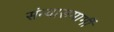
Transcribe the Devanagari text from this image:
संन्यासमार्गी